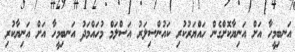
އަނބިމީހާ އަށް އަނިޔާކޮށްގެން ހައްޔަރުކުރި ކައުންސިލަރު އަސްލަމް މުހައްމަދު އަނބިމީހާ އަށް އަނިޔާކުރި